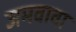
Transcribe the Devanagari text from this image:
जमवावा